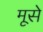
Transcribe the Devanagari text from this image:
मूसे